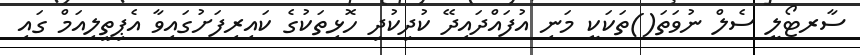
ސާރޓޯލީ ސެލް ނުވަތަ()ތަކަކީ މަނި އުފައްދައިދޭ ކުދިކުދި ހޮޅިތަކުގެ ކައިރިފަށުގައިވާ އެޕިތީލިއަމް ގައި